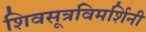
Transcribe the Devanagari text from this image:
शिवसूत्रविमर्शिनी